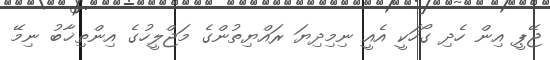
ޖޭޕީ އިން ހެދި ގޯހަކީ އެއީ ނިމިދިޔަ ރައްޔިތުންގެ މަޖްލީހުގެ އިންތިޚާބު ނިމޭ